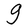
Character: g